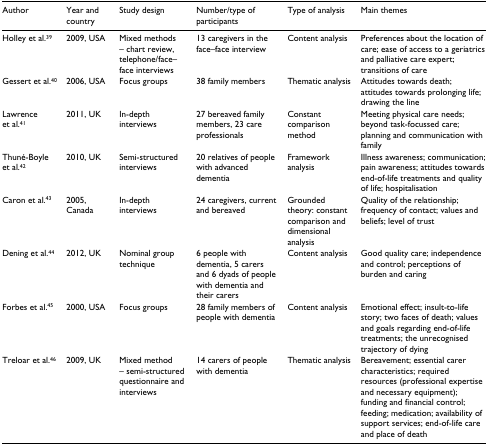
| Author | Year and country | Study design | Number/type of participants | Type of analysis | Main themes |
 | --- | --- | --- | --- | --- | --- |
 | Holley et al.39 | 2009, USA | Mixed methods – chart review, telephone/face–face interviews | 13 caregivers in the face–face interview | Content analysis | Preferences about the location of care; ease of access to a geriatrics and palliative care expert; transitions of care |
 | Gessert et al.40 | 2006, USA | Focus groups | 38 family members | Thematic analysis | Attitudes towards death; attitudes towards prolonging life; drawing the line |
 | Lawrence et al.41 | 2011, UK | In-depth interviews | 27 bereaved family members, 23 care professionals | Constant comparison method | Meeting physical care needs; beyond task-focussed care; planning and communication with family |
 | Thuné-Boyle et al.42 | 2010, UK | Semi-structured interviews | 20 relatives of people with advanced dementia | Framework analysis | Illness awareness; communication; pain awareness; attitudes towards end-of-life treatments and quality of life; hospitalisation |
 | Caron et al.43 | 2005, Canada | In-depth interviews | 24 caregivers, current and bereaved | Grounded theory: constant comparison and dimensional analysis | Quality of the relationship; frequency of contact; values and beliefs; level of trust |
 | Dening et al.44 | 2012, UK | Nominal group technique | 6 people with dementia, 5 carers and 6 dyads of people with dementia and their carers | Content analysis | Good quality care; independence and control; perceptions of burden and caring |
 | Forbes et al.45 | 2000, USA | Focus groups | 28 family members of people with dementia | Content analysis | Emotional effect; insult-to-life story; two faces of death; values and goals regarding end-of-life treatments; the unrecognised trajectory of dying |
 | Treloar et al.46 | 2009, UK | Mixed method – semi-structured questionnaire and interviews | 14 carers of people with dementia | Thematic analysis | Bereavement; essential carer characteristics; required resources (professional expertise and necessary equipment); funding and financial control; feeding; medication; availability of support services; end-of-life care and place of death |